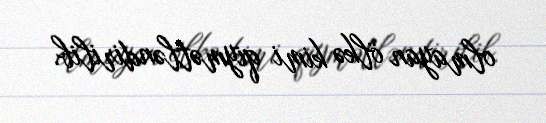
olmayan ölkə kimi qiymətləndirilib.